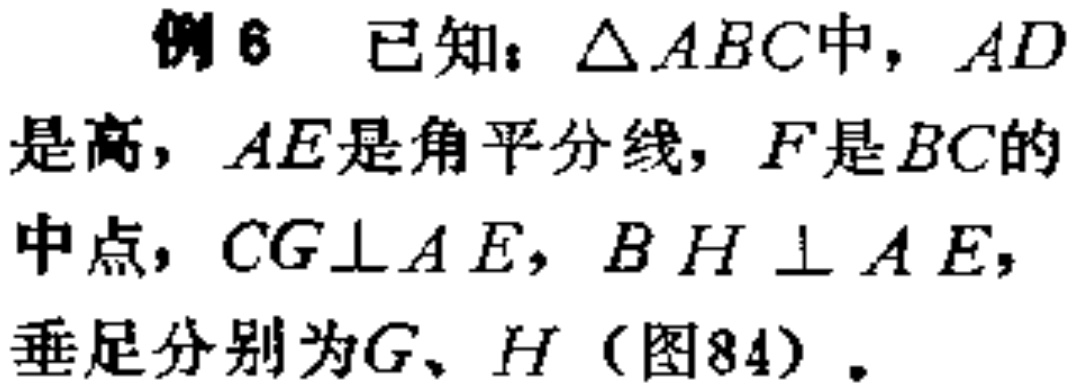
例6 已知：$\triangle ABC$中，$AD$是高，$AE$是角平分线，$F$是$BC$的中点，$CG\perp AE$，$BH\perp AE$，垂足分别为$G、H$（图84）。